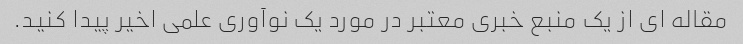
مقاله ای از یک منبع خبری معتبر در مورد یک نوآوری علمی اخیر پیدا کنید.